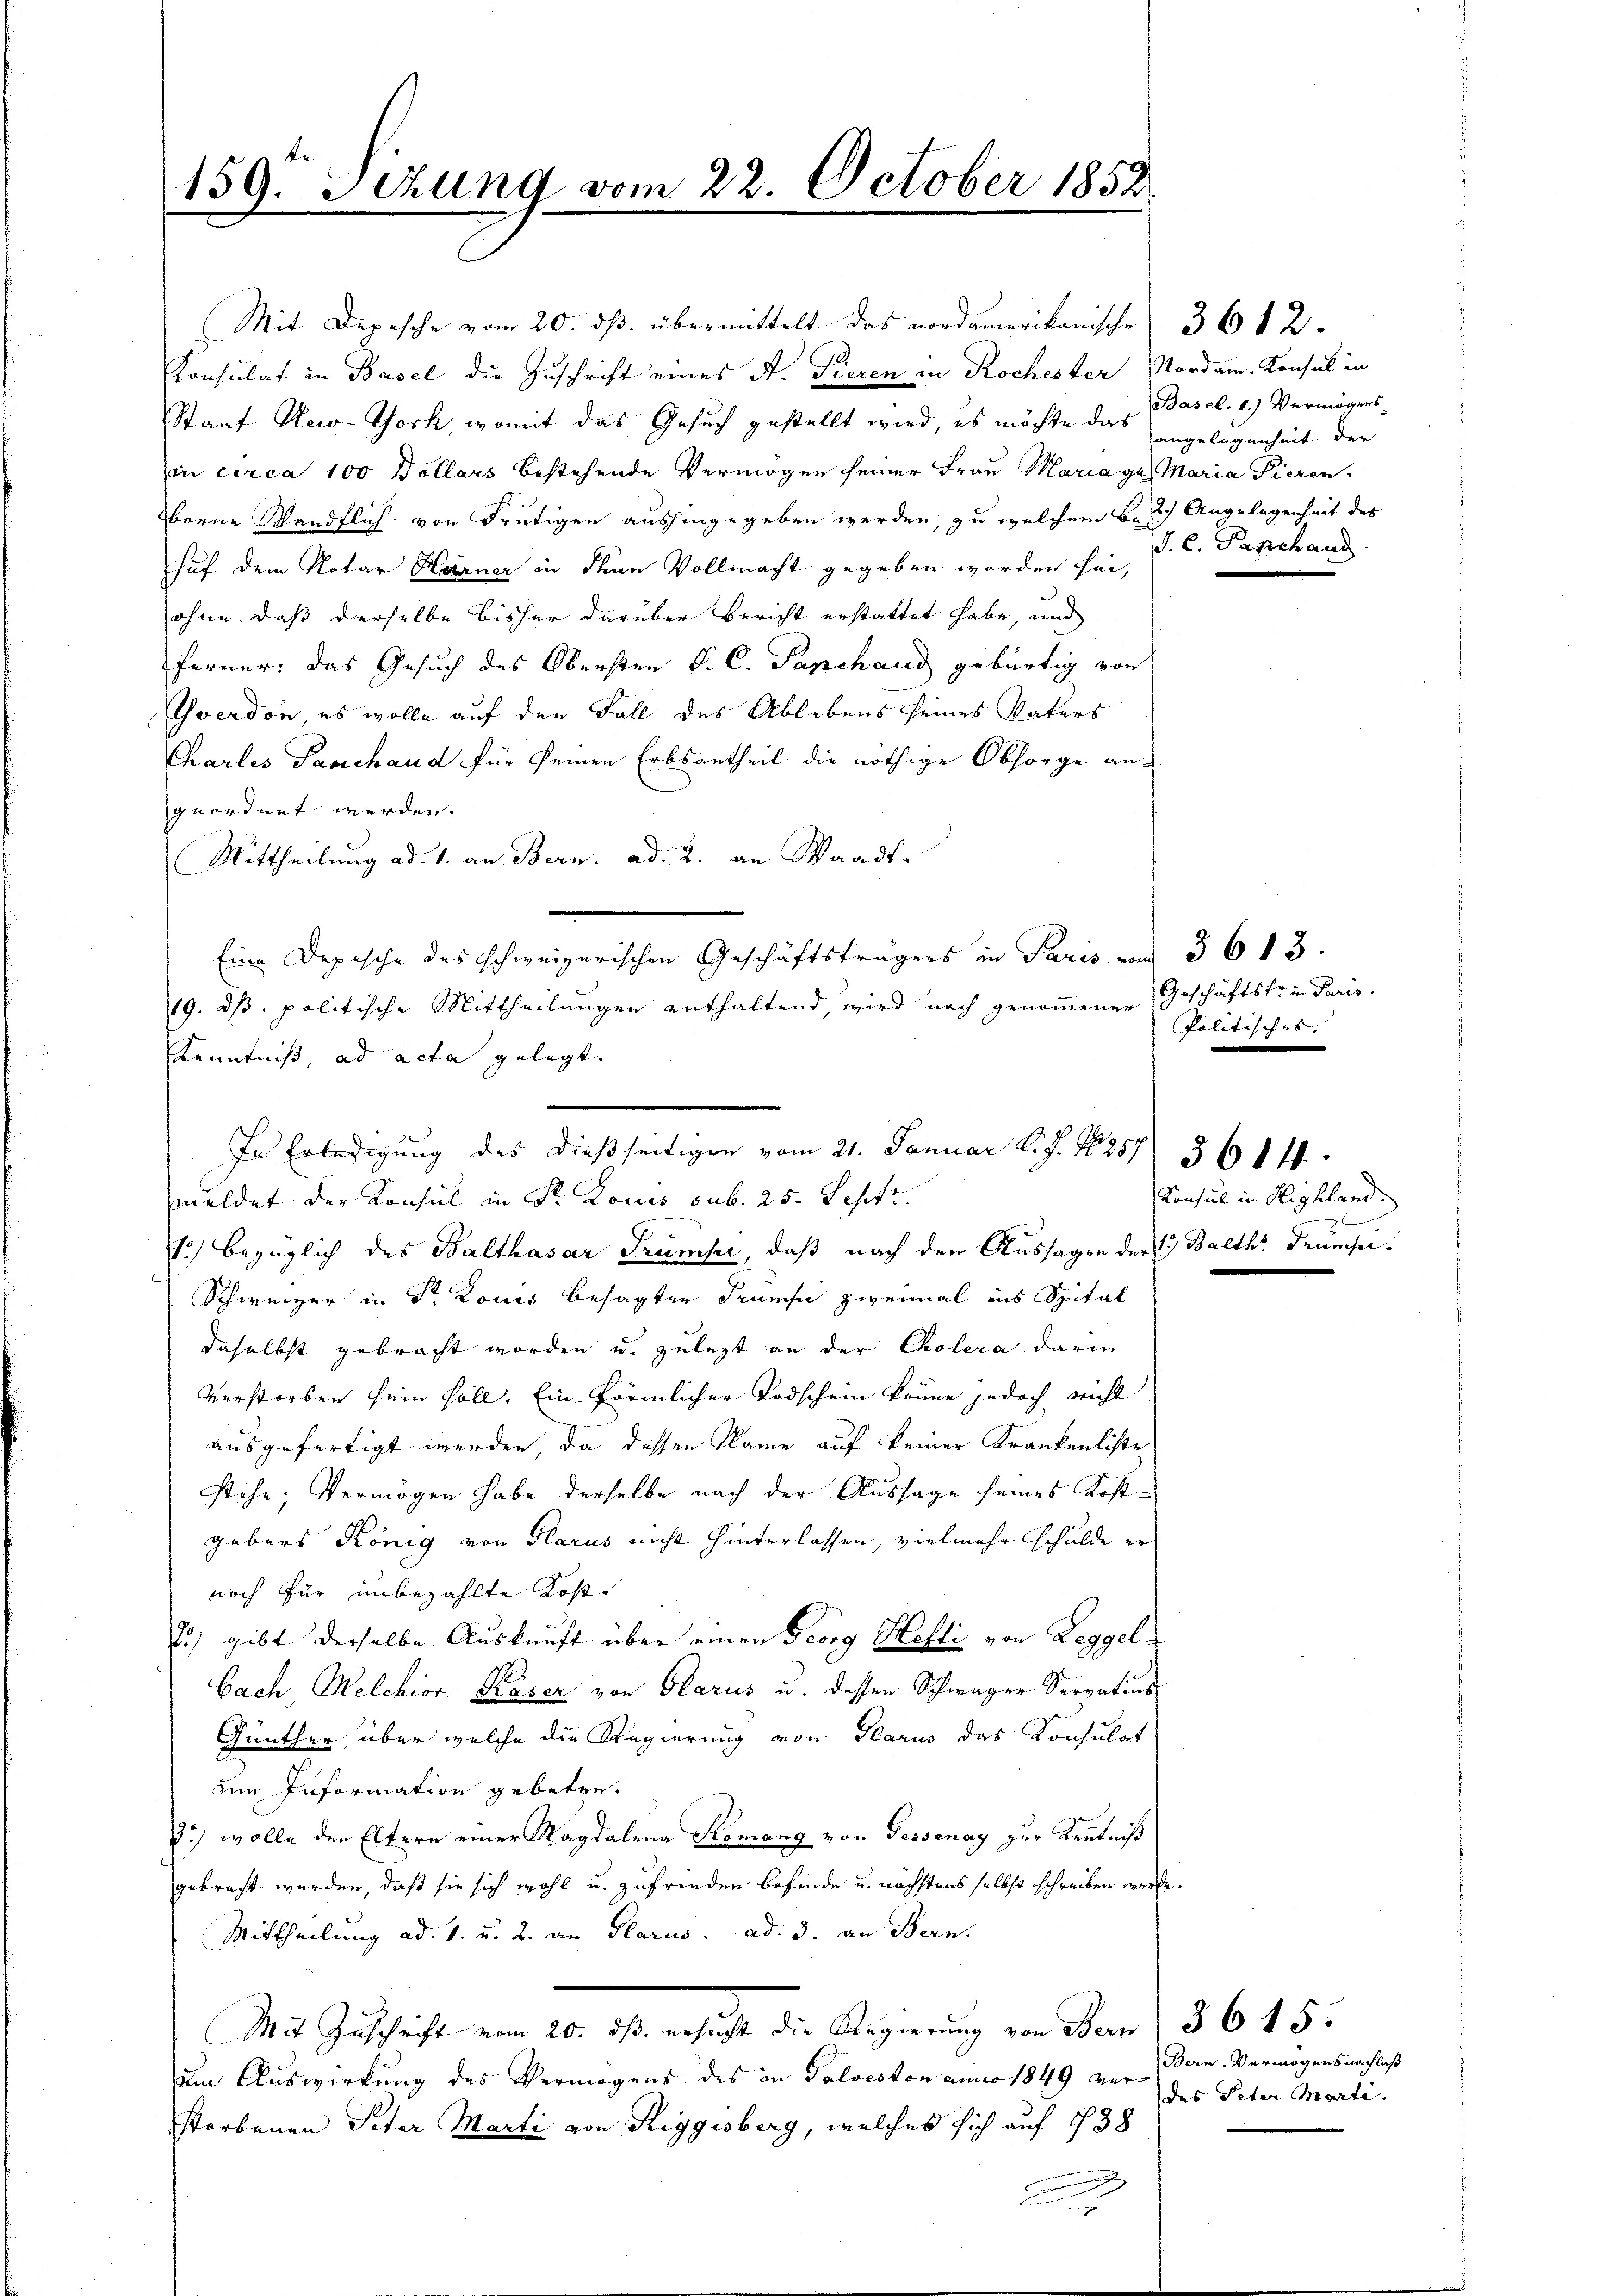
159. Sezung vom 22. October 1852

Konsulat in Basel die Zuschrift eines A. Tieren in Rochester Nordam. Konsul in
Staat New-York, womit das Gesuch gestellt wird, es möchte das Basel. 1.) Vermögens
in circa 100 Dollars bestehende Vermögen seiner Frau Mariage. Maria Tieren
borne Wandflich von Frutigen aushingegeben werden, zu welchem Besich Angelegenheit des
huf dem Notar Härner in denn Vollmacht gegeben worden sei,
ohne dass derselbe bisher darüber Bericht erstattet habe, und
ferner: das Gesuch des Obersten J. C. Papchand gebürtig von
Yverdon, es wolle auf den Fall des Ablebens seines Vaters
Chartes Paschaud für seinen Erbsantheil die nöthige Obsorge angeordnet werden.
Mittheilung ad 1. an Bern. ad. 2. an Waadt
Eine Depesche des schweizerischen Geschäftsträgers in Paris von 36 13.
19. ds. politische Mittheilungen enthaltend, wird nach genommener Geschäftstrie Paris.
Kenntniß, ad acta gelegt.
1) bezüglich des Balthasar Trumpi, daß nach den Aussagen der 1 Balth. Trumpe
Schweizer in Dr Louis besagter Trums zweimal ins Spital
daselbst gebracht worden u. zulezt an der Cholera darin
Verstorben sein soll. Ein förmlicher Todschein könne jedoch nicht
ausgefertigt werden, da dessen Name auf keiner Krankenliste
stehe; Vermögen habe derselbe nach der Aussage seines Kostgebers König von Glarus nicht hinterlassen, vielmehr schulde er
noch für unbezahlte Kost¬
85) gibt derselbe Auskunft über einen Georg Hefti von Leggel
bach, Welchior Kaser von Glarus u. dessen Schwager Servatins
Günther, über welche die Regierung von Glarus das Konsulat
um Information gebeten.
J.) wolle den Eltern einer Magdalena Komang von Tessenay zur Kenntniß
gebracht werden, daß sie sich wohl u. zufrieden Befinde u. nächstens selbst schreiben werde.
Mittheilung ad. 1. u. 2. an Glarus. ad. 3. an Bern.
Mit Zuschrift vom 20. ds. ersucht die Regierung von Bern 36 15.
am Auswirkung des Vermögens des in Palveston anno 1849 verstorbenen Peter Marti von Riggisberg, welches sich auf 438
A

In Erledigung des dießseitigen vom 21. Januar l. J. N. 257. 361 ff.
meldet der Konsul in St. Louis sub. 25. Sept.

Mit Depesche vom 20. dβ übermittelt das nordamerikanische 36 12

angelegenheit der
S. C. Paschand

Politisches.

Konsul in Highland.
7

Bern Vermögensnachlaß
des Peter Marti.